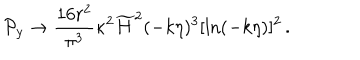
LaTeX: { \cal P } _ { y } \to { \frac { 1 6 r ^ { 2 } } { \pi ^ { 3 } } } \kappa ^ { 2 } \widetilde { H } ^ { 2 } ( - k \eta ) ^ { 3 } [ \ln ( - k \eta ) ] ^ { 2 } \, .